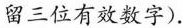
留三位有效数字).